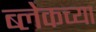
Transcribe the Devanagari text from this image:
ब्लेकच्या